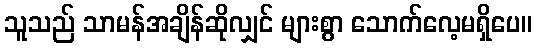
သူသည် သာမန်အချိန်ဆိုလျှင် များစွာ သောက်လေ့မရှိပေ။